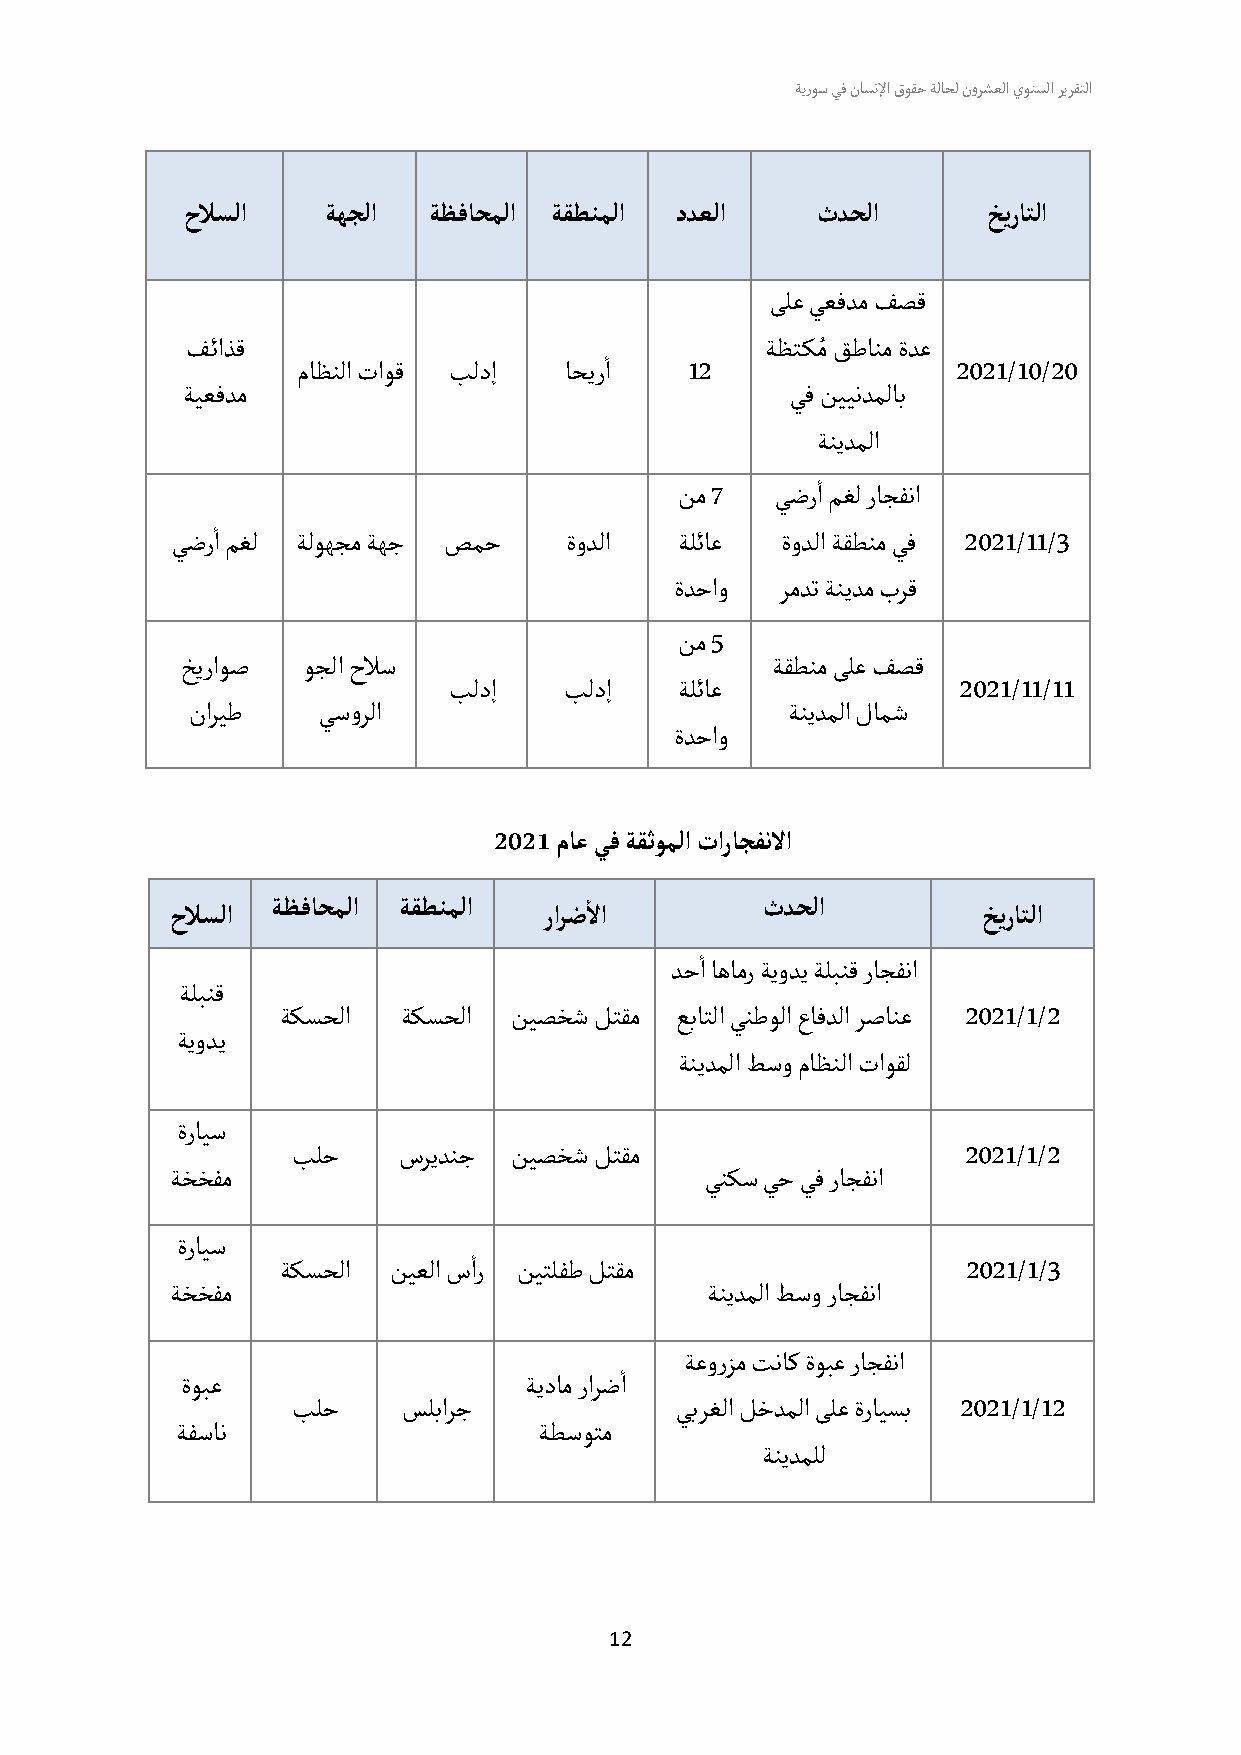
ةيروس يف ناسنلإا قوقح ةلاحل نورشعلا يونسلا ريرقتلا
 حلاسلا   ةهجلا  ةظفاحملا ةقطنملا ددعلا    ثدحلا      خيراتلا
 ىلع يعفدم فصق
 ُ
 ف ئاذق                      أ          ةظت كم قطانم ةدع
 ماظنلا تاوق بلدإ ا حير ا 12                2021/10/20
 ة يعفدم                                 يف نييندملاب
 ةنيدملا
 أ
 نم 7  يضرا مغل راجفنا
 أ
 ي ضر ا مغل ة لوهجم ةهج صمح ةودلا  ةلئاع  ةودلا ةقطنم يف 2021/11/3
 ةدحاو  رمدت ةنيدم برق
 نم 5
 خيراوص  وجلا حلاس                      ةقطنم ىلع فصق
 بلدإ   بلدإ    ةلئاع             2021/11/11
 ناريط    ي سورلا                        ةنيدملا لامش
 ةدحاو
 2021 ماع يف ةقثوملا تاراجفنلا
 أ
 ةظفاحملا ةقطنملا                ثدحلا
 حلاسلا                   رارضلا                       خيراتلا
 أ
 دحا اهامر ةيودي ةلبنق راجفنا
 ةلبنق
 ةكسحلا  ةكسحلا  نيصخش لتقم عباتلا ينطولا عافدلا رصانع 2021/1/2
 ة يودي
 ةنيدملا طسو ماظنلا تاوقل
 ةرايس
 بلح    سريدنج  نيصخش لتقم                    2021/1/2
 ة خخفم                              ي نكس يح يف راجفنا
 ةرايس              أ
 ةكسحلا  نيعلا سار نيتلفط لتقم                 2021/1/3
 ة خخفم                              ة نيدملا طسو راجفنا
 أ   ةعورزم تناك ةوبع راجفنا
 ةوبع                   ةيدام رارضا
 بلح     سلبارج            يبرغلا لخدملا ىلع ةرايسب 2021/1/12
 ة فسان                  ة طسوتم
 ةنيدملل
 12